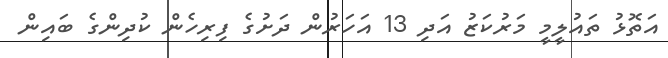
އަތޮޅު ތައުލީމީ މަރުކަޒު އަދި 13 އަހަރުން ދަށުގެ ފިރިހެން ކުދިންގެ ބައިން